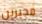
مجبرين